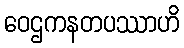
ဝေဌကနတပဿာဟိ